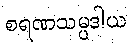
စရဏသမ္ပဒါယ